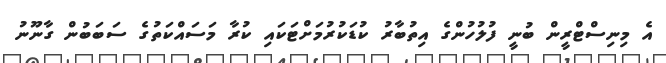
އެ މިނިސްޓްރީން ބުނީ ފުލުހުންގެ އިތުބާރު ކުޑަކުރުމަށްޓަކައި ކުރާ މަސައްކަތުގެ ސަބަބުން ގާނޫނު